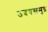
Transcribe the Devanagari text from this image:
उदयसमुद्र